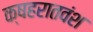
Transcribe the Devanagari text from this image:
क्षहरातवंश